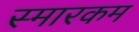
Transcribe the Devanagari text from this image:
स्मारकम